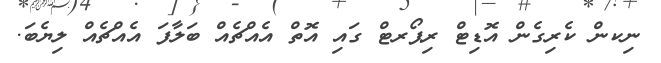
ނިކން ކެރިގެން އޮޑިޓް ރިޕޯރޓް ގައި އޮތް އެއްޗެއް ބަލާފަ އެއްޗެއް ލިޔެބަަ.